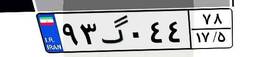
۹۳گ۰۴۴۷۸